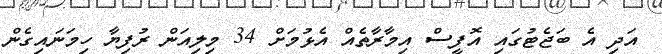
އަދި އެ ބަޖެޓުގައި އޮފީސް އިމާރާތެއް އެޅުމަށް 34 މިލިއަން ރުފިޔާ ހިމަނައިގެން